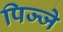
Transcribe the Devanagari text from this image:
पिज्जे